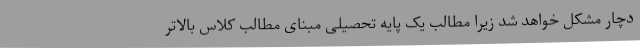
دچار مشکل خواهد شد زیرا مطالب یک پایه تحصیلی مبنای مطالب کلاس بالاتر